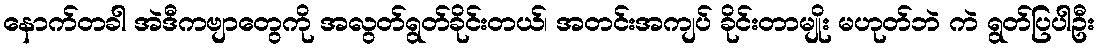
နောက်တခါ အဲဒီကဗျာတွေကို အလွတ်ရွတ်ခိုင်းတယ်၊ အတင်းအကျပ် ခိုင်းတာမျိုး မဟုတ်ဘဲ ကဲ ရွတ်ပြပါဦး